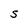
Character: S